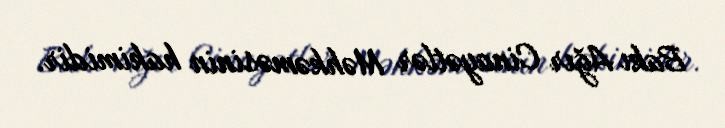
Bakı Ağır Cinayətlər Məhkəməsinin hakimidir.